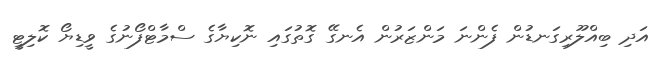
އަދި ބިއްލޫރިގަނޑުން ފެންނަ މަންޒަރުން އެނގޭ ގޮތުގައި ނޮކިޔާގެ ސްމާޓްފޯނުގެ ވީޑިޔޯ ކޮލިޓީ